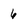
Character: 6